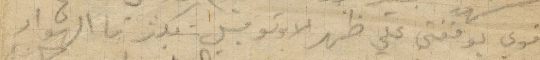
قوى يوقفني على ظهر الاوتومبيل قبل بكثير ما الهواء